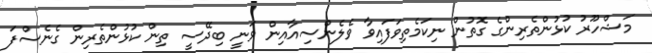
މަޝްހޫރު ކުޅުންތެރިންގެ ގޮތުން ނިކަމެތިވަފައިވާ ވެލެންސިއާއިން ވަނީ ބިދޭސީ ތިން ކުޅުންތެރިން ގެނެސްފަ